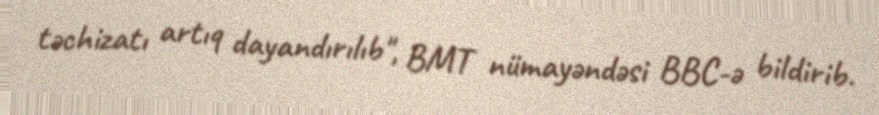
təchizatı artıq dayandırılıb", BMT nümayəndəsi BBC-ə bildirib.